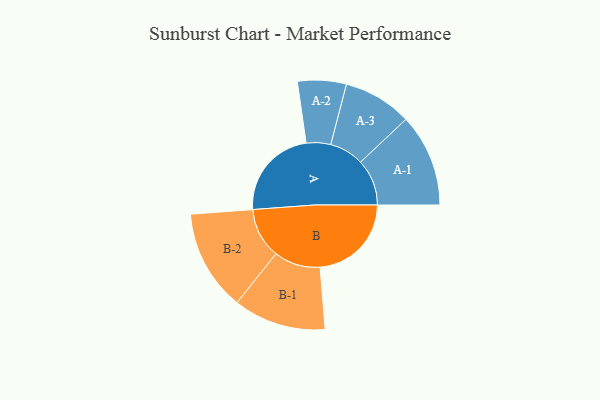
{"axis": {"x": "Segment", "y": "Value"}, "legend": ["", "A", "B"], "data": [{"x": "A", "y": 469, "type": ""}, {"x": "B", "y": 465, "type": ""}, {"x": "A-1", "y": 236, "type": "A"}, {"x": "A-2", "y": 124, "type": "A"}, {"x": "A-3", "y": 175, "type": "A"}, {"x": "B-1", "y": 236, "type": "B"}, {"x": "B-2", "y": 257, "type": "B"}]}